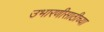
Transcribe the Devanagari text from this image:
उभारणीसाठीच्या